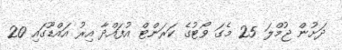
ދަށުން ޖުމްލަ 25 މެގަ ވޯޓުގެ ކަރަންޓް އުފައްދާ އިރު އައްޑޫގައި 20